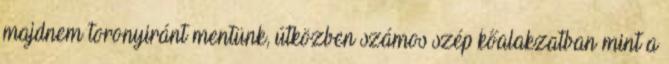
majdnem toronyiránt mentünk, útközben számos szép kőalakzatban mint a